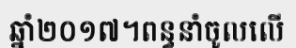
ឆ្នាំ២០១៧។ពន្ធនាំចូលលើ